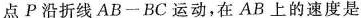
点P沿折线A B - B C 运动，在A B上的速度是